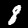
Digit: 8